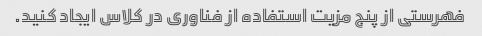
فهرستی از پنج مزیت استفاده از فناوری در کلاس ایجاد کنید.